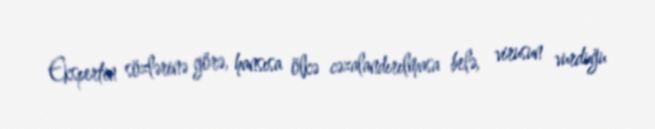
Ekspertin sözlərinə görə, hansısa ölkə cəzalandırılmasa belə, virusun vurduğu